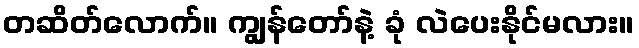
တဆိတ်လောက်။ ကျွန်တော်နဲ့ ခုံ လဲပေးနိုင်မလား။